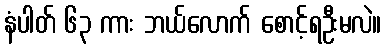
နံပါတ် ၆၃ ကား ဘယ်လောက် စောင့်ရဦးမလဲ။